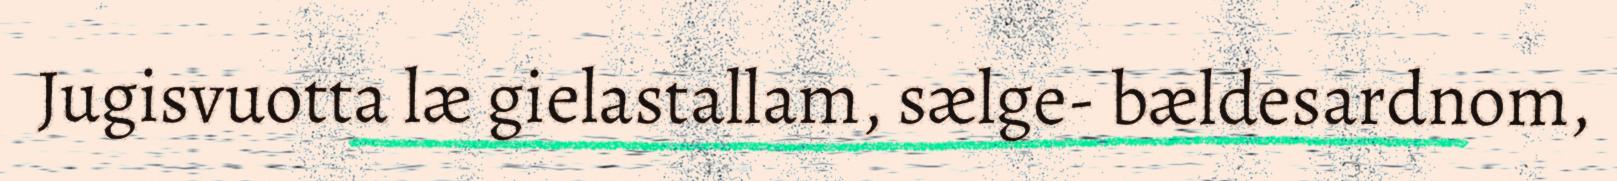
Jugisvuotta læ gielastallam, sælge- bældesardnom,